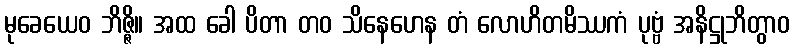
မုခေယေဝ ဘိဇ္ဇိ။ အထ ခေါ ပိတာ တဝ သိနေဟေန တံ လောဟိတမိဿကံ ပုဗ္ဗံ အနိဋ္ဌုဘိတွာဝ